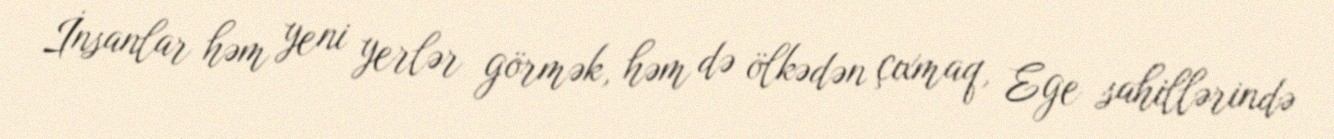
İnsanlar həm yeni yerlər görmək, həm də ölkədən çıxmaq, Ege sahillərində